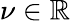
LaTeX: \nu\in\mathbb{R}